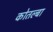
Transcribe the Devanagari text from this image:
कोतल्बा